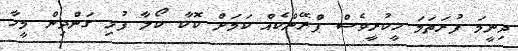
ދިނީމަ ފުރަތަމަ ހީކުރީވެސް ޕްރޭންކެއް ކަމަށް ކޮކާ ކޯލާ ފުޅި ގަންދިން މީހާ